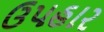
ઉપહાર